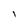
Character: I